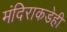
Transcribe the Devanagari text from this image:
मंदिराकडेही